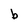
Character: b